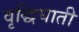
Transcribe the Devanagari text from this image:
वृद्धिघाती